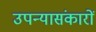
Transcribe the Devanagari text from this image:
उपन्यासंकारों